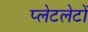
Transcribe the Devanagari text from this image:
प्‍लेटलेटों